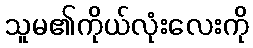
သူမ၏ကိုယ်လုံးလေးကို